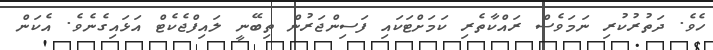
ހެވެ. ދަތުރުކުރި ނަމަވެސް ރައްކާތެރި ކަމަށްޓަކައި ފަސިންޖަރުން ތިބޭނީ ލައިފްޖެކެޓް އަޅައިގެނެވެ. އެކަން